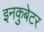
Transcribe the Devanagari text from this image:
इनकुबेटर